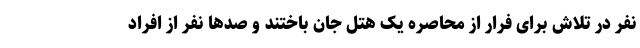
نفر در تلاش برای فرار از محاصره یک هتل جان باختند و صدها نفر از افراد